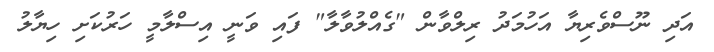
އަދި ނޫސްވެރިޔާ އަހުމަދު ރިލްވާން "ގެއްލުވާލާ" ފައި ވަނީ އިސްލާމީ ހަރުކަށި ހިޔާލު